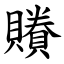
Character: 䞉